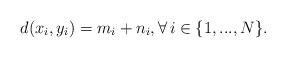
LaTeX: \begin{align*}d(x_i,y_i)=m_i+n_i,\forall\,i\in\{1,...,N\}.\end{align*}